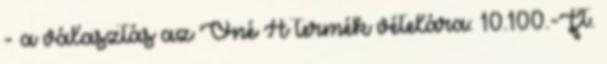
- a választás az Öné A termék vételára: 10.100.-Ft.